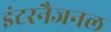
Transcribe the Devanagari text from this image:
इंटरनैजनल